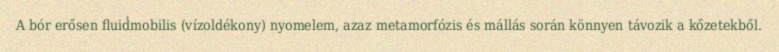
A bór erősen fluidmobilis (vízoldékony) nyomelem, azaz metamorfózis és mállás során könnyen távozik a kőzetekből.